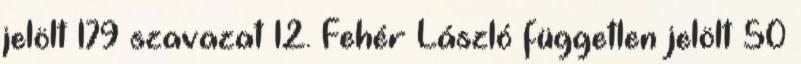
jelölt 179 szavazat 12. Fehér László független jelölt 50